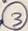
Text: 3